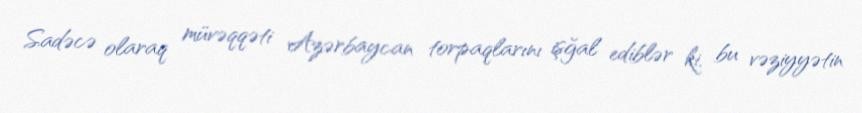
Sadəcə olaraq müvəqqəti Azərbaycan torpaqlarını işğal ediblər ki, bu vəziyyətin